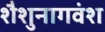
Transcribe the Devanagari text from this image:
शैशुनागवंश